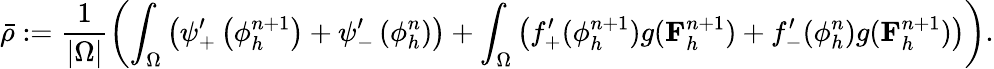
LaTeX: \bar{\rho}:=\frac{1}{|\Omega|}\left(\int_{\Omega}\left(\psi_{+}^{\prime}\left(\phi_{h}^{n+1}\right)+\psi_{-}^{\prime}\left(\phi_{h}^{n}\right)\right)+\int_{\Omega}\left(f_{+}^{\prime}(\phi_{h}^{n+1})g(\mathbf{F}_{h}^{n+1})+f_{-}^{\prime}(\phi_{h}^{n})g(\mathbf{F}_{h}^{n+1})\right)\right).